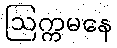
ဩက္ကမနေ